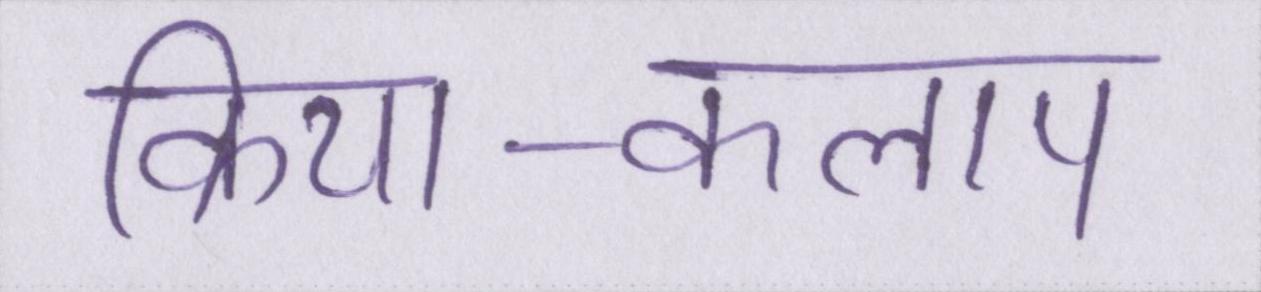
क्रिया-कलाप